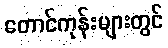
တောင်ကုန်းများတွင်